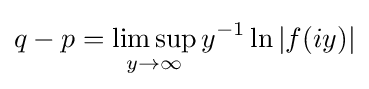
q-p=\limsup _{y\to \infty }y^{-1}\ln |f(iy)|